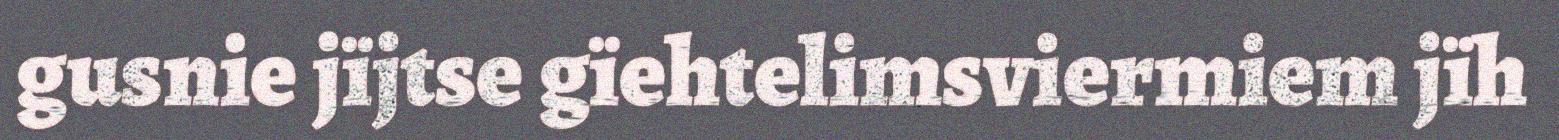
gusnie jïjtse gïehtelimsviermiem jïh